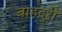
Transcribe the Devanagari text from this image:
बाहदुरी